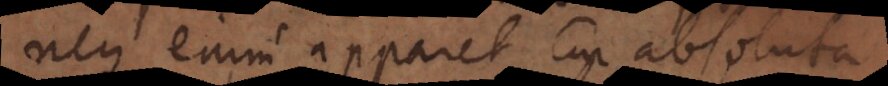
neque enim apparet cur absolut